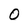
Character: O